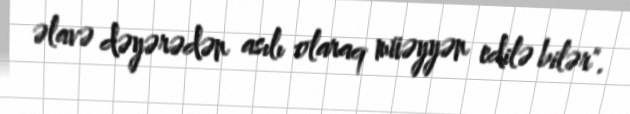
əlavə dəyərədən asılı olaraq müəyyən edilə bilər".